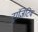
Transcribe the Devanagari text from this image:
ट्रांजिटिव